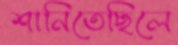
শানিতেছিলে